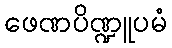
ဖေဏပိဏ္ဍူပမံ